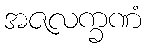
အဇလက္ခဏံ